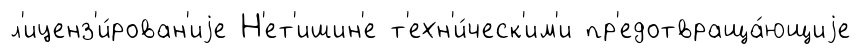
л'иценз'и́рован'иjе Н'ет'ишин'е т'ехн'и́ческ'им'и пр'едотвраща́ющиjе